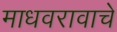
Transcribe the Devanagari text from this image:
माधवरावाचे